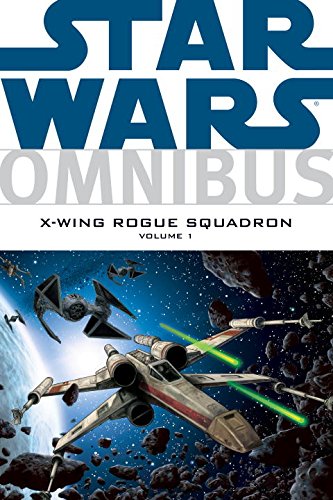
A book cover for Star Wars Omnibus: X-Wing Rogue Squadron, Vol. 1; Haden Blackman; Teen & Young Adult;